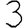
Digit: 3